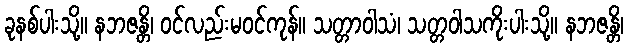
ခုနစ်ပါးသို့။ နဘဇန္တိ၊ ဝင်လည်းမဝင်ကုန်။ သတ္တာဝါသံ၊ သတ္တဝါသကိုးပါးသို့။ နဘဇန္တိ၊